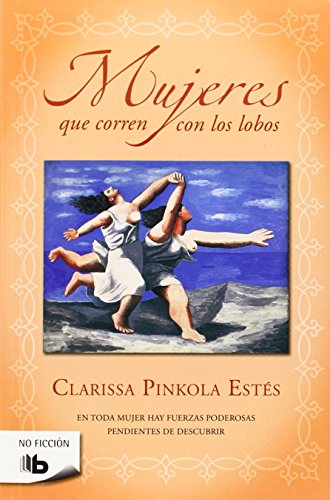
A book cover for Mujeres que corren con los lobos (Spanish Edition); Clarissa Pinkola Estes; Literature & Fiction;